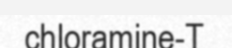
chloramine-T